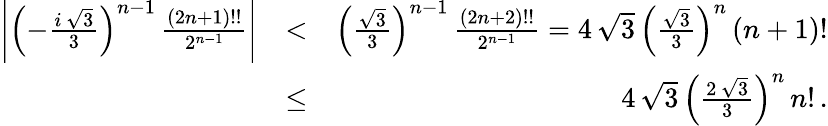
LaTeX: \begin{array}{rlr}{\left|\left(-\frac{i\, \sqrt{3}}{3}\right)^{n-1}\, \frac{(2n+1)!!}{2^{n-1}}\right|}&{<}&{\left(\frac{\sqrt{3}}{3}\right)^{n-1}\, \frac{(2n+2)!!}{2^{n-1}}=4\, \sqrt{3}\, \left(\frac{\sqrt{3}}{3}\right)^{n}\, (n+1)!}\\ &{\leq}&{4\, \sqrt{3}\, \left(\frac{2\, \sqrt{3}}{3}\right)^{n}\, n!\, .}\end{array}